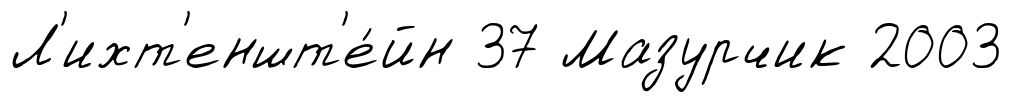
Л'ихт'еншт'е́йн 37 Мазурчик 2003